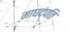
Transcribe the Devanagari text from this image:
माघदंपति